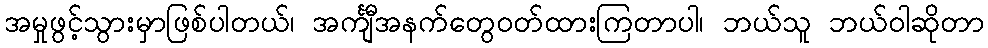
အမှုဖွင့်သွားမှာဖြစ်ပါတယ်၊ အင်္ကျီအနက်တွေဝတ်ထားကြတာပါ၊ ဘယ်သူ ဘယ်ဝါဆိုတာ